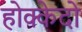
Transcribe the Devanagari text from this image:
होक्केदो